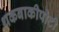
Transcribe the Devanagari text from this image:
थकबाकीपोटी